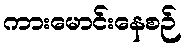
ကားမောင်းနေစဉ်